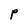
Character: P